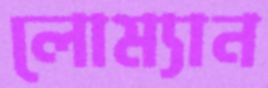
লোম্যান